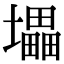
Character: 㙼